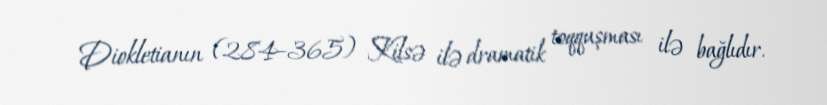
Diokletianın (284–365) Kilsə ilə dramatik toqquşması ilə bağlıdır.